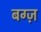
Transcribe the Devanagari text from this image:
बग्ज़